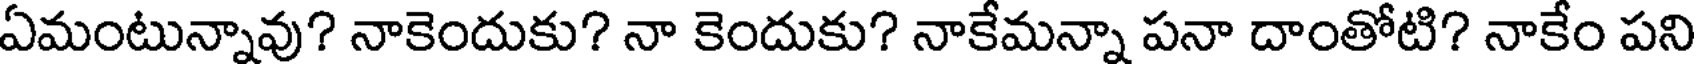
ఏమంటున్నావు? నాకెందుకు? నా కెందుకు? నాకేమన్నా పనా దాంతోటి? నాకేం పని